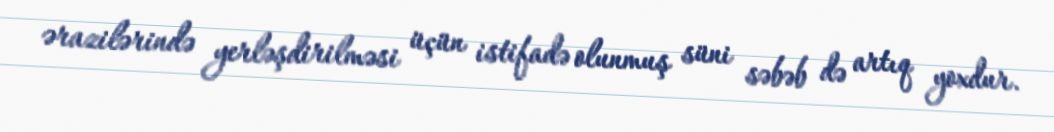
ərazilərində yerləşdirilməsi üçün istifadə olunmuş süni səbəb də artıq yoxdur.